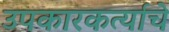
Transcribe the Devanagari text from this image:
उपकारकर्त्याचे